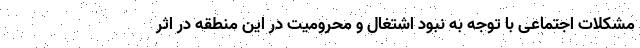
مشکلات اجتماعی با توجه به نبود اشتغال و محرومیت در این منطقه در اثر